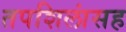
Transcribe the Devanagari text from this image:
तपशिलांसह